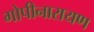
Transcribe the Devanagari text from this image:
गोपीनारायण